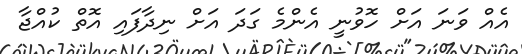
އެއް ވަނަ އަށް ހޮވުނީ އެންމެ ގަދަ އަށް ނިދާފައި އޮތް ކުއްޖާ